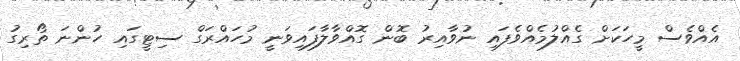
އެއްވެސް މީހަކަށް ގެއްލުމެއްވެފައި ނުވާއިރު ބޮން ގޮއްވާލާފައިވަނީ މުހައްރަގް ސިޓީގައި ހުންނަ ތޯރިގު